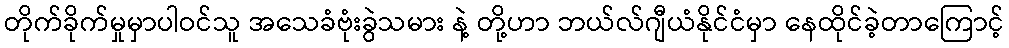
တိုက်ခိုက်မှုမှာပါဝင်သူ အသေခံဗုံးခွဲသမား နဲ့ တို့ဟာ ဘယ်လ်ဂျီယံနိုင်ငံမှာ နေထိုင်ခဲ့တာကြောင့်